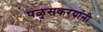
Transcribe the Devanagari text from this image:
पळुसकरयांनी